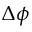
\Delta \phi